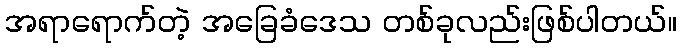
အရာရောက်တဲ့ အခြေခံဒေသ တစ်ခုလည်းဖြစ်ပါတယ်။